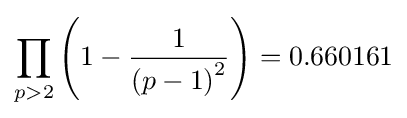
\prod _{p>2}\left(1-{\frac {1}{\left(p-1\right)^{2}}}\right)=0.660161